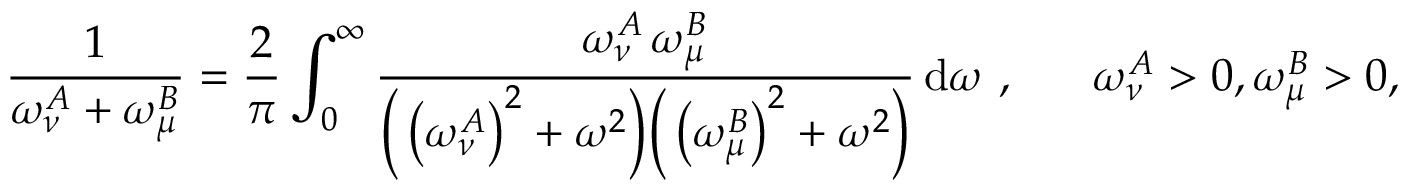
\frac { 1 } { \omega _ { \nu } ^ { A } + \omega _ { \mu } ^ { B } } = \frac { 2 } { \pi } \int _ { 0 } ^ { \infty } \frac { \omega _ { \nu } ^ { A } \, \omega _ { \mu } ^ { B } } { \Big ( \left( \omega _ { \nu } ^ { A } \right) ^ { 2 } + \omega ^ { 2 } \Big ) \Big ( \left( \omega _ { \mu } ^ { B } \right) ^ { 2 } + \omega ^ { 2 } \Big ) } \, \mathrm { d } \omega \ , \ \ \ \ \ \omega _ { \nu } ^ { A } > 0 , \omega _ { \mu } ^ { B } > 0 ,